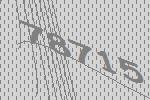
78715